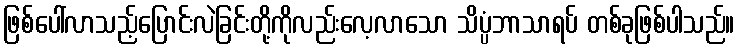
ဖြစ်ပေါ်လာသည့်ပြောင်းလဲခြင်းတို့ကိုလည်းလေ့လာသော သိပ္ပံဘာသာရပ် တစ်ခုဖြစ်ပါသည်။